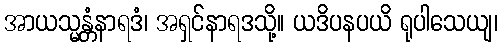
အာယသ္မန္တံနာရဒံ၊ အရှင်နာရဒသို့။ ယဒိပနပယိ ရုပါသေယျ၊